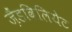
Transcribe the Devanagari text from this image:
ज़ैंडविलियेट